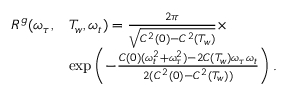
\begin{array} { r l } { R ^ { g } ( \omega _ { \tau } , } & { T _ { w } , \omega _ { t } ) = \frac { 2 \pi } { \sqrt { C ^ { 2 } ( 0 ) - C ^ { 2 } ( T _ { w } ) } } \times } \\ & { \exp \left( - \frac { C ( 0 ) ( \omega _ { t } ^ { 2 } + \omega _ { \tau } ^ { 2 } ) - 2 C ( T _ { w } ) \omega _ { \tau } \omega _ { t } } { 2 ( C ^ { 2 } ( 0 ) - C ^ { 2 } ( T _ { w } ) ) } \right) . } \end{array}